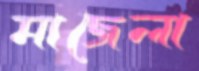
মাজেলা